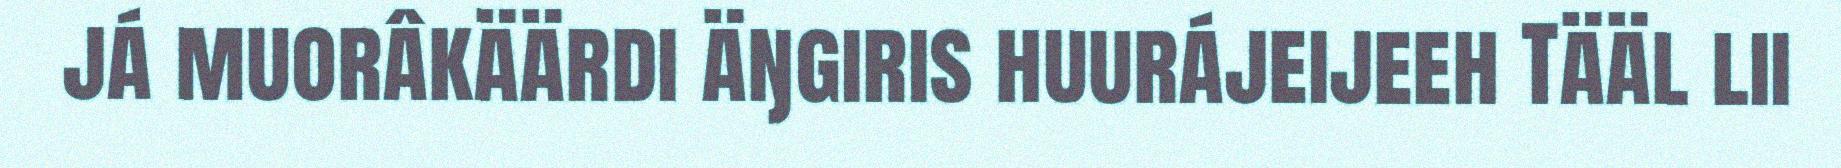
já muorâkäärdi äŋgiris huurájeijeeh Tääl lii